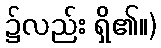
၌လည်း ရှိ၏။)